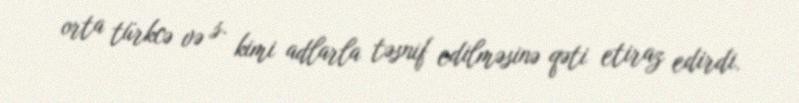
orta türkcə və s. kimi adlarla təsnif edilməsinə qəti etiraz edirdi.